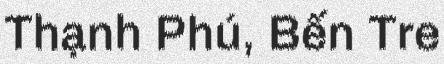
Thạnh Phú, Bến Tre